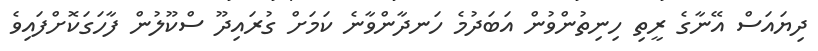
ދިޔައަސް އޭނާގެ ރީތި ހިނިތުންވުން އަބަދުމެ ހަނދާންވާނެ ކަމަށް ގުރައިދޫ ސްކޫލުން ފާހަގަކޮށްފައިވެ